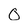
Character: 0